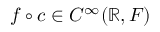
f \circ c \in C ^ { \infty } ( \mathbb { R } , F )